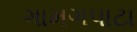
ગામગપાટા